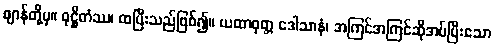
ဈာန်တို့မှ။ ဝုဋ္ဌိတံဿ၊ ထပြီးသည်ဖြစ်၍။ ယထာဝုတ္တ ဒေါသာနံ၊ အကြင်အကြင်ဆိုအပ်ပြီးသော